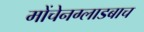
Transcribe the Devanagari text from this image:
मोंचेनग्लाडबाच